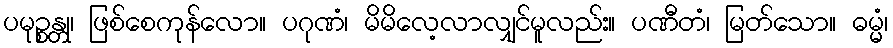
ပမုဉ္စန္တု၊ ဖြစ်စေကုန်လော။ ပဂုဏံ၊ မိမိလေ့လာလျှင်မူလည်း။ ပဏီတံ၊ မြတ်သော။ ဓမ္မံ၊